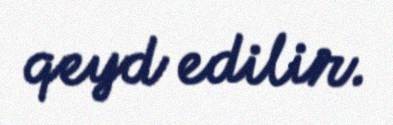
qeyd edilir.